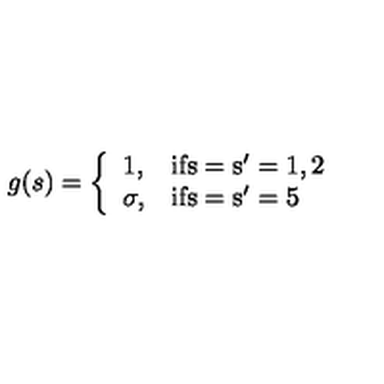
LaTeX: g ( s ) = \left\{ \begin{array} { l l } { 1 , } & { \mathrm { i f s = s ' = 1 , 2 } } \\ { \sigma , } & { \mathrm { i f s = s ' = 5 } } \\ \end{array} \right.